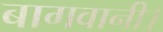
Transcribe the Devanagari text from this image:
बागवानी।